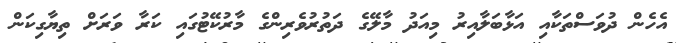
އެހެން ދުވަސްތަކާއި އަޅާބަލާއިރު މިއަދު މާލޭގެ ދަތުރުވެރިންގެ މާރުކޭޓުގައި ކަރާ ވަރަށް ތިޔާގިކަން